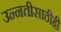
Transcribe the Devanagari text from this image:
उन्नतीसाठीही